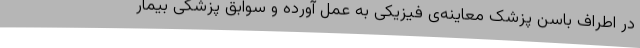
در اطراف باسن پزشک معاینه‌ی فیزیکی به عمل آورده و سوابق پزشکی بیمار